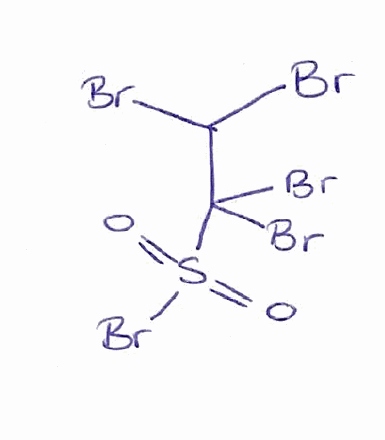
Simplified molecular-input line-entry system (SMILES) notation of the given molecule:
C(C(S(=O)(=O)Br)(Br)Br)(Br)Br